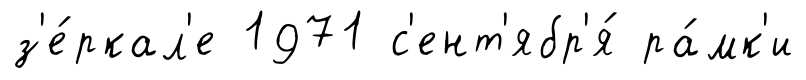
з'е́ркал'е 1971 с'ент'ябр'я́ ра́мк'и